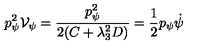
p _ { \psi } ^ { 2 } { \cal V } _ { \psi } = \frac { p _ { \psi } ^ { 2 } } { 2 ( C + \lambda _ { 3 } ^ { 2 } D ) } = \frac { 1 } { 2 } p _ { \psi } \dot { \psi }